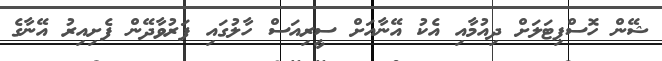
ޝޭން ހޮސްޕިޓަލަށް ދިއުމާއި އެކު އޭނާއަށް ސީރިއަސް ހާލުގައި ފަރުވާދޭން ފެށިއިރު އޭނާގެ